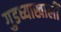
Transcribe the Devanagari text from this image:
गुडघ्याखालीं